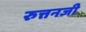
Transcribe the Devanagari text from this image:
रुत्तनजी